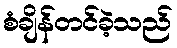
စံချိန်တင်ခဲ့သည်